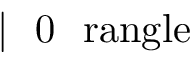
\mathrm { ~ \ensuremath ~ { ~ \vert ~ \mathrm { ~ 0 ~ \ r a n g l e ~ } } ~ }